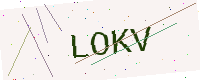
Text: LOKV